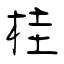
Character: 桂